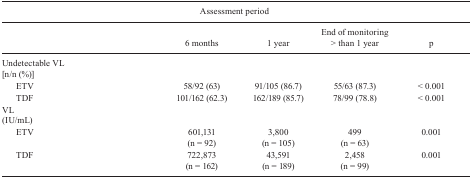
<table><thead><tr><td colspan="5"><b>Assessmentperiod</b></td></tr><tr><td></td><td><b>6 months</b></td><td><b>1 year</b></td><td><b>End of monitoring&gt; than 1 year</b></td><td><b>p</b></td></tr></thead><tbody><tr><td colspan="5">Undetectable VL [n/n (%)]</td></tr><tr><td>ETV</td><td>58/92 (63)</td><td>91/105 (86.7)</td><td>55/63 (87.3)</td><td>&lt; 0.001</td></tr><tr><td>TDF</td><td>101/162 (62.3)</td><td>162/189 (85.7)</td><td>78/99 (78.8)</td><td>&lt; 0.001</td></tr><tr><td colspan="5">VL (IU/mL)</td></tr><tr><td>ETV</td><td>601,131 (n = 92)</td><td>3,800 (n = 105)</td><td>499 (n = 63)</td><td>0.001</td></tr><tr><td>TDF</td><td>722,873 (n = 162)</td><td>43,591 (n = 189)</td><td>2,458 (n = 99)</td><td>0.001</td></tr></tbody></table>